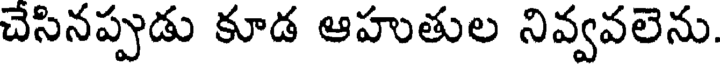
చేసినప్పుడు కూడ ఆహుతుల నివ్వవలెను.